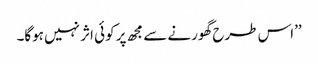
’’اس طرح گھورنے سے مجھ پر کوئی اثر نہیں ہوگا۔